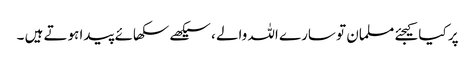
پر کیا کیجئے مسلمان تو سارے اللہ والے ، سیکھے سکھائے پیدا ہوتے ہیں ۔